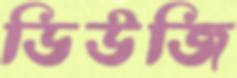
ডিউজি